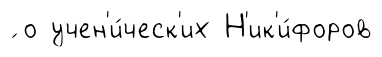
́ о учен'и́ческ'их Н'ик'и́форов